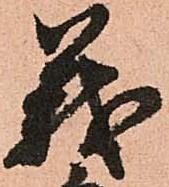
義